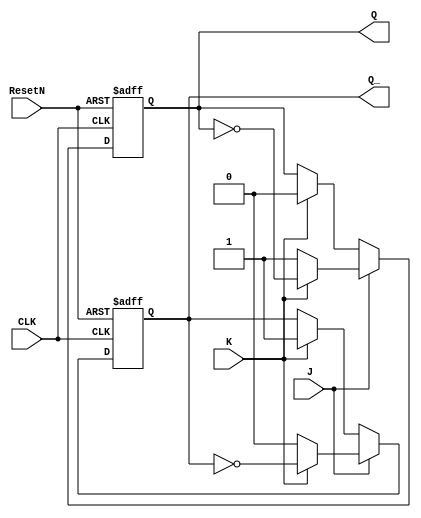
module JK_FF(ResetN, J, K, CLK, Q, Q_);
  input ResetN, J, K, CLK;
  output reg Q, Q_;
  
  always@(negedge ResetN or posedge CLK)
    if(ResetN == 0) begin
      Q = 1'b0;
      Q_ = 1'b1;
    end
    else begin
      if(J == 0) begin
        if(K == 1) begin
          Q = 1'b0;
          Q_ = 1'b1;
        end
      end
      else begin
        if(K == 0) begin
          Q = 1'b1;
          Q_ = 1'b0;
        end
        else begin
          Q = !Q;
          Q_ = !Q_;
        end
    end
  end
endmodule
module updown_counter(ResetN, DNUP, CLK, Q);
  input ResetN, DNUP, CLK;
  output [3:0] Q;
  
  JK_FF JK1(ResetN, 1, 1, CLK, Q[0],);
  JK_FF JK2(ResetN, (!Q[0] & DNUP) | (Q&(!DNUP)), (!Q[0] & DNUP) | (Q[0] & !DNUP), CLK, Q[1], );
  JK_FF JK3(ResetN, (!Q[0]&DNUP&!Q[1])|(Q[0]&!DNUP&Q[1]), (!Q[0]&DNUP&!Q[1])|(Q[0]&!DNUP&Q[1]), CLK, Q[2], );
  JK_FF JK4(ResetN, (!Q[2]&!Q[1]&!Q[0]&DNUP) | (Q[2]&Q[1]&Q[0]&!DNUP),(!Q[2]&!Q[1]&!Q[0]&DNUP) | (Q[2]&Q[1]&Q[0]&!DNUP), CLK, Q[3], );
endmodule